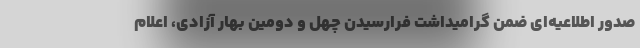
صدور اطلاعیه‌ای ضمن گرامیداشت فرارسیدن چهل و دومین بهار آزادی، اعلام